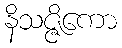
နိသဇ္ဇိကော